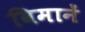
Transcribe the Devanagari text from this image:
विमानें